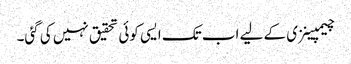
چیمپینزی کے لیے اب تک ایسی کوئی تحقیق نہیں کی گئی۔